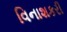
વિનાશકરી